Civil Veterinary Department. Madras. Admin. report 1926-33 - 1926-1933
Year: 1926
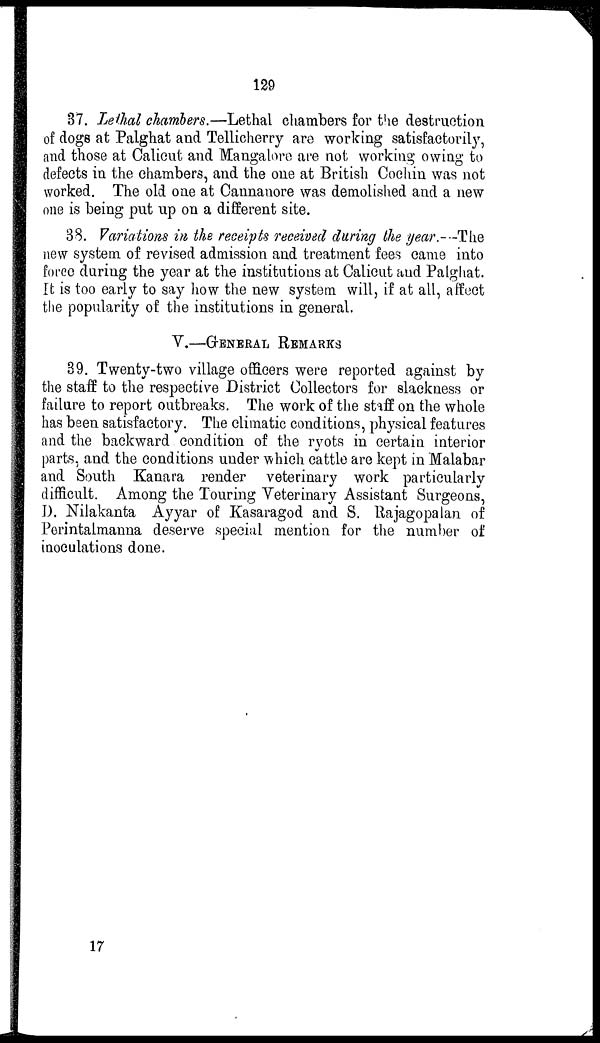
129
37. Lethal chambers.—Lethal chambers for the destruction
of dogs at Palghat and Tellicherry are working satisfactorily,
and those at Calicut and Mangalore are not working owing to
defects in the chambers, and the one at British Cochin was not
worked. The old one at Cannanore was demolished and a new
one is being put up on a different site.
38. Variations in the receipts received during the year.--The
new system of revised admission and treatment fees came into
force during the year at the institutions at Calicut and Palghat.
It is too early to say how the new system will, if at all, affect
the popularity of the institutions in general.
V.—GENERAL REMARKS
39. Twenty-two village officers were reported against by
the staff to the respective District Collectors for slackness or
failure to report outbreaks. The work of the staff on the whole
has been satisfactory. The climatic conditions, physical features
and the backward condition of the ryots in certain interior
parts, and the conditions under which cattle are kept in Malabar
and South Kanara render veterinary work particularly
difficult. Among the Touring Veterinary Assistant Surgeons,
D. Nilakanta Ayyar of Kasaragod and S. Rajagopalan of
Perintalmanna deserve special mention for the number of
inoculations done.
17